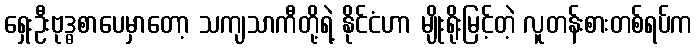
ရှေးဦးဗုဒ္ဓစာပေမှာတော့ သကျသာကီတို့ရဲ့ နိုင်ငံဟာ မျိုးရိုးမြင့်တဲ့ လူတန်းစားတစ်ရပ်က